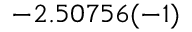
- 2 . 5 0 7 5 6 ( - 1 )